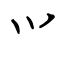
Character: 𭕄